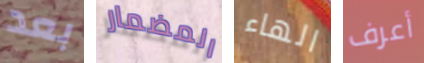
بعد المضمار الهاء أعرف